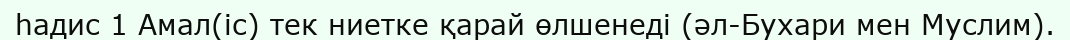
һадис 1 Амал(іс) тек ниетке қарай өлшенеді (әл-Бухари мен Муслим).